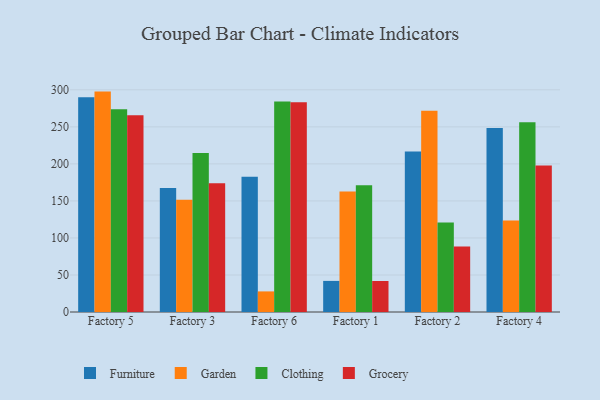
{"axis": {"x": "Factory", "y": "Bounce Rate (%)"}, "legend": ["Clothing", "Furniture", "Garden", "Grocery"], "data": [{"x": "Factory 5", "y": 290.1, "type": "Furniture"}, {"x": "Factory 5", "y": 297.6, "type": "Garden"}, {"x": "Factory 5", "y": 273.9, "type": "Clothing"}, {"x": "Factory 5", "y": 265.6, "type": "Grocery"}, {"x": "Factory 3", "y": 167.5, "type": "Furniture"}, {"x": "Factory 3", "y": 151.4, "type": "Garden"}, {"x": "Factory 3", "y": 214.8, "type": "Clothing"}, {"x": "Factory 3", "y": 174.0, "type": "Grocery"}, {"x": "Factory 6", "y": 182.7, "type": "Furniture"}, {"x": "Factory 6", "y": 27.8, "type": "Garden"}, {"x": "Factory 6", "y": 284.4, "type": "Clothing"}, {"x": "Factory 6", "y": 283.3, "type": "Grocery"}, {"x": "Factory 1", "y": 42.0, "type": "Furniture"}, {"x": "Factory 1", "y": 162.8, "type": "Garden"}, {"x": "Factory 1", "y": 171.1, "type": "Clothing"}, {"x": "Factory 1", "y": 41.9, "type": "Grocery"}, {"x": "Factory 2", "y": 216.8, "type": "Furniture"}, {"x": "Factory 2", "y": 271.9, "type": "Garden"}, {"x": "Factory 2", "y": 120.9, "type": "Clothing"}, {"x": "Factory 2", "y": 88.5, "type": "Grocery"}, {"x": "Factory 4", "y": 248.5, "type": "Furniture"}, {"x": "Factory 4", "y": 123.4, "type": "Garden"}, {"x": "Factory 4", "y": 256.3, "type": "Clothing"}, {"x": "Factory 4", "y": 197.8, "type": "Grocery"}]}